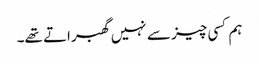
ہم کسی چیز سے نہیں گھبراتے تھے۔